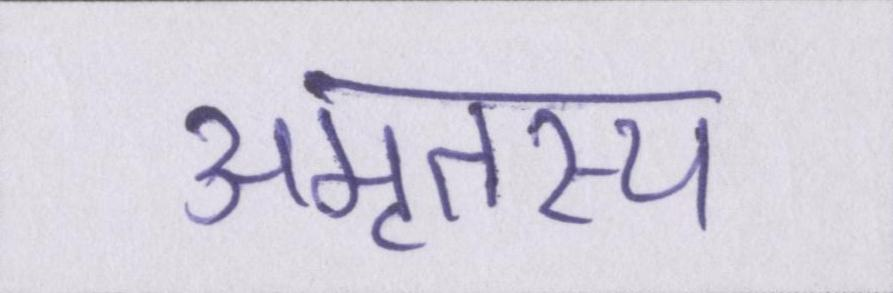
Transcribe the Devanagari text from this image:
अमृतस्य